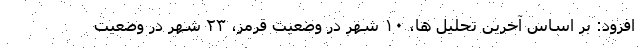
افزود: بر اساس آخرین تحلیل ها، ۱۰ شهر در وضعیت قرمز، ۲۳ شهر در وضعیت